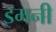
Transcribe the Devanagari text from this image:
इमनी